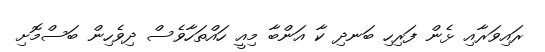
ރައިވަރާއި ޅެން ފަރިހި ބަނދި ކާ އަންބާ މިއީ ހައްތަހާވެސް ދިވެހިން ބަސްމޮށި